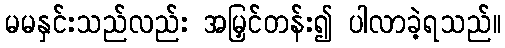
မမနှင်းသည်လည်း အမြှင်တန်း၍ ပါလာခဲ့ရသည်။